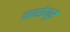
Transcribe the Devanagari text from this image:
वास्सेय्पुर